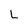
Character: L